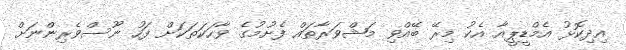
އިދިކޮޅު އެމްޑީޕީއާ އެކު މިރޭ ބޭއްވި މަޝްވަރާތައް ފެށުމުގެ ވާހަކަތަކަށް ފަހު ނޫސްވެރިންނަށް